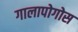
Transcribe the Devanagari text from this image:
गालापोगोस